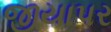
જીયાપર